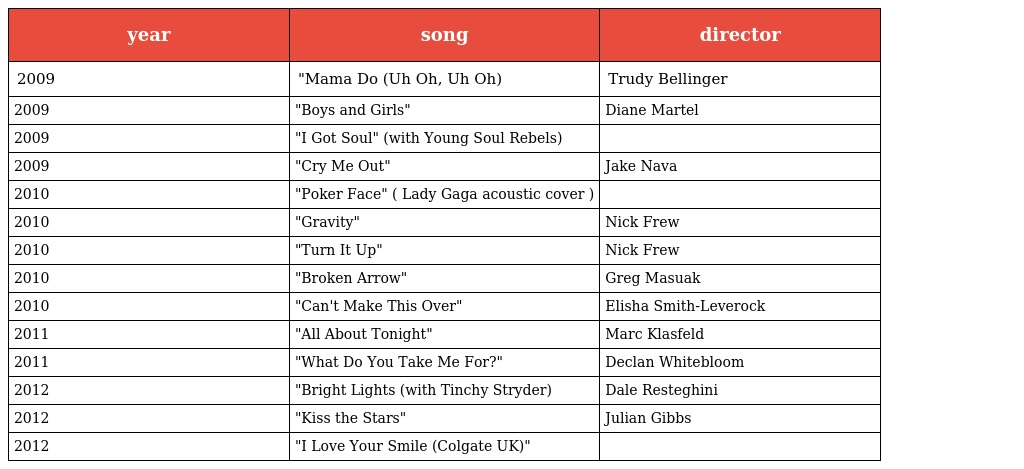
| year | song | director |
 | --- | --- | --- |
 | 2009 | "Mama Do (Uh Oh, Uh Oh) | Trudy Bellinger |
 | 2009 | "Boys and Girls" | Diane Martel |
 | 2009 | "I Got Soul" (with Young Soul Rebels) |  |
 | 2009 | "Cry Me Out" | Jake Nava |
 | 2010 | "Poker Face" ( Lady Gaga acoustic cover ) |  |
 | 2010 | "Gravity" | Nick Frew |
 | 2010 | "Turn It Up" | Nick Frew |
 | 2010 | "Broken Arrow" | Greg Masuak |
 | 2010 | "Can't Make This Over" | Elisha Smith-Leverock |
 | 2011 | "All About Tonight" | Marc Klasfeld |
 | 2011 | "What Do You Take Me For?" | Declan Whitebloom |
 | 2012 | "Bright Lights (with Tinchy Stryder) | Dale Resteghini |
 | 2012 | "Kiss the Stars" | Julian Gibbs |
 | 2012 | "I Love Your Smile (Colgate UK)" |  |